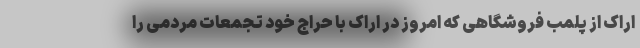
اراک از پلمب فروشگاهی که امروز در اراک با حراج خود تجمعات مردمی را